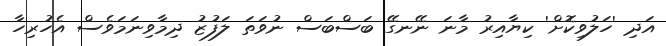
އަދި 'ހަލުވިކޮށް' ކިޔާއިރު މާނަ ނޭނގޭ ބަސްބަސް ނުވަތަ ލަފުޒު ދިމާވިނަމަވެސް އެހުރިހާ